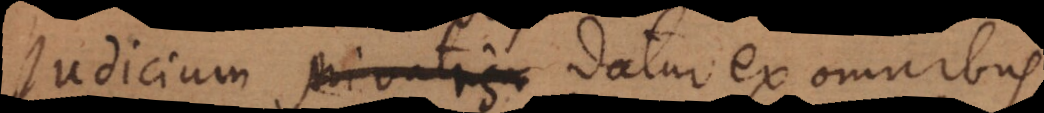
Judicium privatis datur ex omnibus